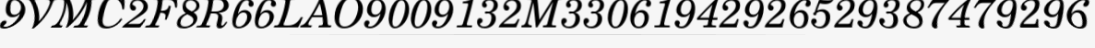
9VMC2F8R66LAO9009132M33061942926529387479296